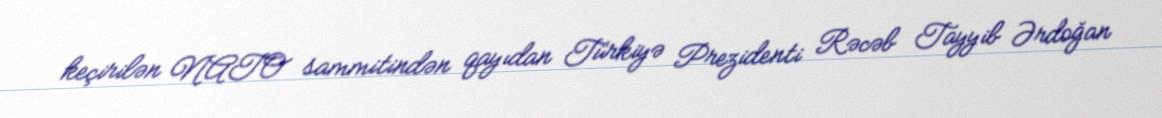
keçirilən NATO sammitindən qayıdan Türkiyə Prezidenti Rəcəb Tayyib Ərdoğan